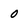
Character: 0